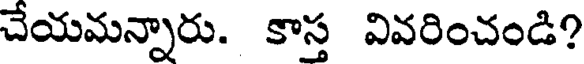
చేయమన్నారు. కాస్త వివరించండి?